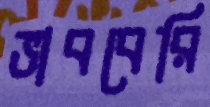
ভাববেরি